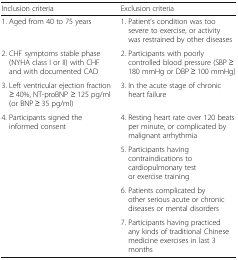
<table><thead><tr><td><b>Inclusion criteria</b></td><td><b>Exclusion criteria</b></td></tr></thead><tbody><tr><td>1. Aged from 40 to 75 years</td><td>1. Patient’s condition was too severe to exercise, or activity was restrained by other diseases</td></tr><tr><td>2. CHF symptoms stable phase (NYHA class I or II) with CHF and with documented CAD</td><td>2. Participants with poorly controlled blood pressure (SBP ≥ 180 mmHg or DBP ≥ 100 mmHg)</td></tr><tr><td>3. Left ventricular ejection fraction ≥ 40%, NT-proBNP ≥ 125 pg/ml (or BNP ≥ 35 pg/ml)</td><td>3. In the acute stage of chronic heart failure</td></tr><tr><td>4. Participants signed the informed consent</td><td>4. Resting heart rate over 120 beats per minute, or complicated by malignant arrhythmia</td></tr><tr><td></td><td>5. Participants having contraindications to cardiopulmonary test or exercise training</td></tr><tr><td></td><td>6. Patients complicated by other serious acute or chronic diseases or mental disorders</td></tr><tr><td></td><td>7. Participants having practiced any kinds of traditional Chinese medicine exercises in last 3 months</td></tr></tbody></table>